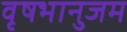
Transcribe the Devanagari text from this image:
वृषभानुजम